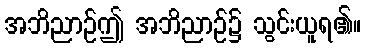
အဘိညာဉ်ဤ အဘိညာဉ်၌ သွင်းယူရ၏။